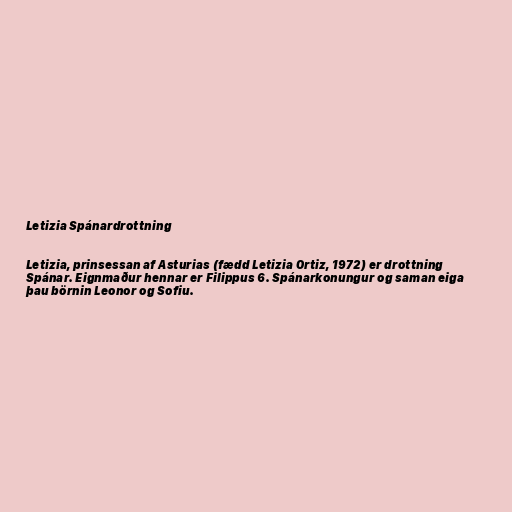
Letizia Spánardrottning

Letizia, prinsessan af Asturias (fædd Letizia Ortiz, 1972) er drottning
Spánar. Eignmaður hennar er Filippus 6. Spánarkonungur og saman eiga
þau börnin Leonor og Sofiu.